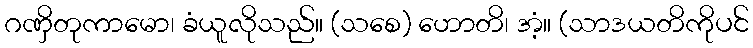
ဂဏှိတုကာမော၊ ခံယူလိုသည်။ (သစေ) ဟောတိ၊ အံ့။ (သာဒယတိကိုပင်